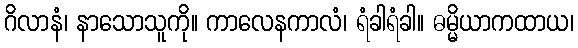
ဂိလာနံ၊ နာသောသူကို။ ကာလေနကာလံ၊ ရံခါရံခါ။ ဓမ္မိယာကထာယ၊